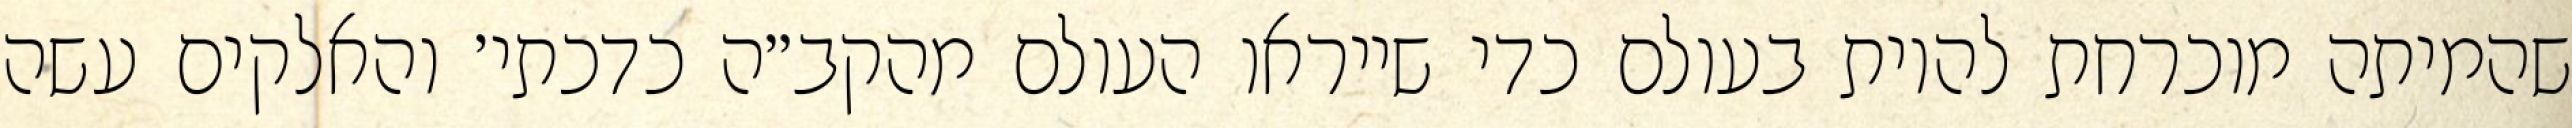
שהמיתה מוכרחת להיות בעולם כדי שייראו העולם מהקב״ה כדכתי׳ והאלקים עשה